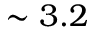
\sim 3 . 2